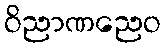
ဝိညာဏညေဝ